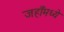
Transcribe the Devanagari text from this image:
जहाँमध्ये